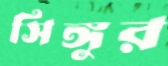
সিঙ্গুর